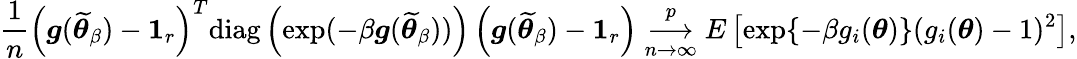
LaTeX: \frac{1}{n}\left(\boldsymbol{g}(\widetilde{\boldsymbol{\theta}}_{\beta})-\boldsymbol{1}_{r}\right)^{T}\mathrm{diag}\left(\exp(-\beta\boldsymbol{g}(\widetilde{\boldsymbol{\theta}}_{\beta}))\right)\left(\boldsymbol{g}(\widetilde{\boldsymbol{\theta}}_{\beta})-\boldsymbol{1}_{r}\right)\underset{n\rightarrow\infty}{\overset{p}{\longrightarrow}}E\left[\exp\{ -\beta g_{i}(\boldsymbol{\theta})\} (g_{i}(\boldsymbol{\theta})-1)^{2}\right],